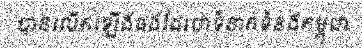
បានលើកឡើងផងដែរថាទំនាក់ទំនងកម្ពុជា